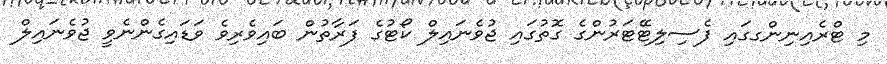
މި ޓްރެއިނިންގގައި ފެސިލިޓޭޓަރުންގެ ގޮތުގައި ޖުވެނައިލް ކޯޓުގެ ފަރާތުން ބައިވެރިވެ ވަޑައިގެންނެވީ ޖުވެނައިލް